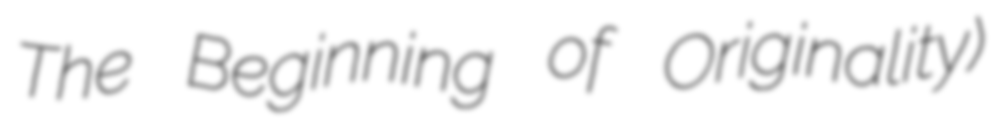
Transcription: The Beginning of Originality)